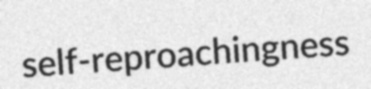
self-reproachingness